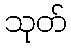
သုတ်